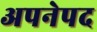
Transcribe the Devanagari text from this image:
अपनेपद